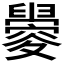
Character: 𬜀